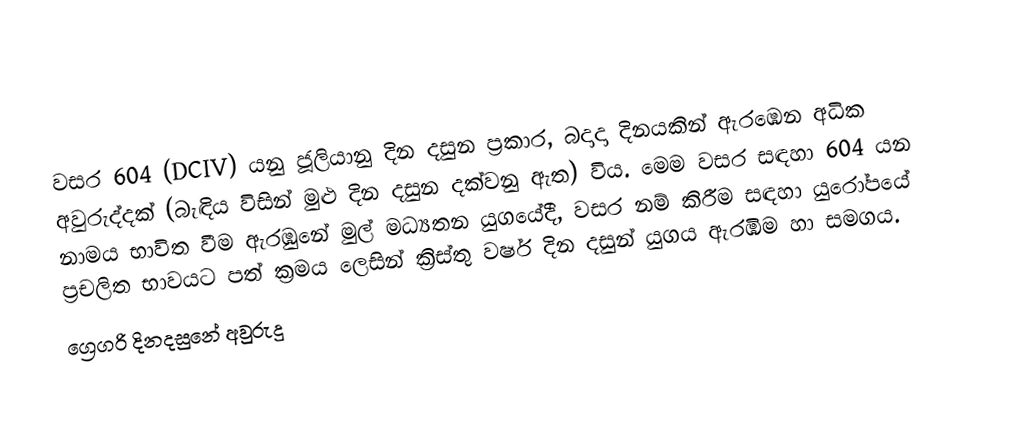
වසර  604 (DCIV) යනු ජූලියානු දින දසුන ප්‍රකාර,   බදාදා දිනයකින් ඇරඹෙන අධික අවුරුද්දක් (බැඳිය විසින් මුළු දින දසුන දක්වනු ඇත) විය. මෙම වසර සඳහා 604 යන නාමය භාවිත වීම ඇරඹුනේ මුල් මධ්‍යතන යුගයේදී, වසර නම් කිරීම සඳහා යුරෝපයේ ප්‍රචලිත භාවයට පත් ක්‍රමය ලෙසින් ක්‍රිස්තු වර්ෂ දින දසුන් යුගය ඇරඹීම හා සමගය.
ග්‍රෙගරි දිනදසුනේ අවුරුදු